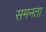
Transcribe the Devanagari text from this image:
समनता